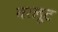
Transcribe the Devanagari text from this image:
बरलूट